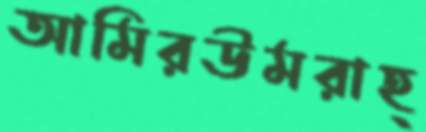
আমিরউমরাহ্‌